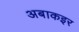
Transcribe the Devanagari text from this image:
अबाकइर